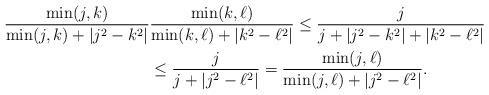
LaTeX: \begin{align*}\frac{\min(j,k)}{\min(j,k)+|j^2-k^2|}&\frac{\min(k,\ell)}{\min(k,\ell)+|k^2-\ell^2|}\leq \frac{j}{j+|j^2-k^2|+|k^2-\ell^2|}\\ &\leq \frac{j}{j+|j^2-\ell^2|}=\frac{\min(j,\ell)}{\min(j,\ell)+|j^2-\ell^2|}.\end{align*}